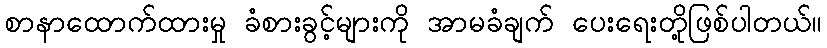
စာနာထောက်ထားမှု ခံစားခွင့်များကို အာမခံချက် ပေးရေးတို့ဖြစ်ပါတယ်။